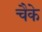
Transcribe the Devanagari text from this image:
चैके